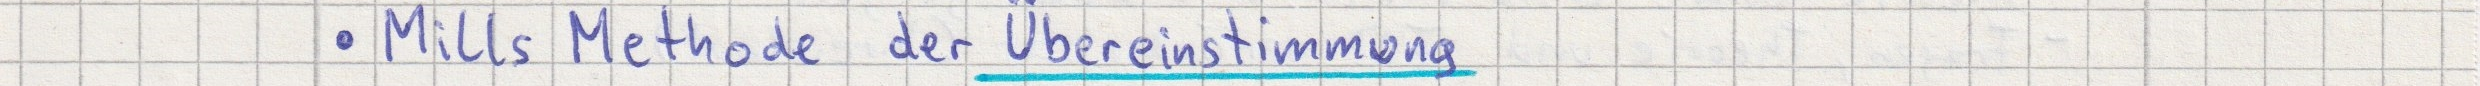
- Mills Methode der Übereinstimmung